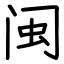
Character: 闽